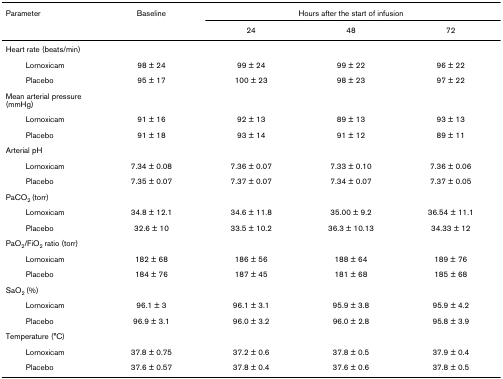
<table><thead><tr><td><b>Parameter</b></td><td><b>Baseline</b></td><td colspan="3"><b>Hours after the start of infusion</b></td></tr><tr><td></td><td></td><td><b>24</b></td><td><b>48</b></td><td><b>72</b></td></tr></thead><tbody><tr><td>Heart rate (beats/min)</td><td></td><td></td><td></td><td></td></tr><tr><td>Lornoxicam</td><td>98 ± 24</td><td>99 ± 24</td><td>99 ± 22</td><td>96 ± 22</td></tr><tr><td>Placebo</td><td>95 ± 17</td><td>100 ± 23</td><td>98 ± 23</td><td>97 ± 22</td></tr><tr><td>Mean arterial pressure (mmHg)</td><td></td><td></td><td></td><td></td></tr><tr><td>Lornoxicam</td><td>91 ± 16</td><td>92 ± 13</td><td>89 ± 13</td><td>93 ± 13</td></tr><tr><td>Placebo</td><td>91 ± 18</td><td>93 ± 14</td><td>91 ± 12</td><td>89 ± 11</td></tr><tr><td>Arterial pH</td><td></td><td></td><td></td><td></td></tr><tr><td>Lornoxicam</td><td>7.34 ± 0.08</td><td>7.36 ± 0.07</td><td>7.33 ± 0.10</td><td>7.36 ± 0.06</td></tr><tr><td>Placebo</td><td>7.35 ± 0.07</td><td>7.37 ± 0.07</td><td>7.34 ± 0.07</td><td>7.37 ± 0.05</td></tr><tr><td>PaCO<sub>2 </sub>(torr)</td><td></td><td></td><td></td><td></td></tr><tr><td>Lornoxicam</td><td>34.8 ± 12.1</td><td>34.6 ± 11.8</td><td>35.00 ± 9.2</td><td>36.54 ± 11.1</td></tr><tr><td>Placebo</td><td>32.6 ± 10</td><td>33.5 ± 10.2</td><td>36.3 ± 10.13</td><td>34.33 ± 12</td></tr><tr><td>PaO<sub>2</sub>/FiO<sub>2 </sub>ratio (torr)</td><td></td><td></td><td></td><td></td></tr><tr><td>Lornoxicam</td><td>182 ± 68</td><td>186 ± 56</td><td>188 ± 64</td><td>189 ± 76</td></tr><tr><td>Placebo</td><td>184 ± 76</td><td>187 ± 45</td><td>181 ± 68</td><td>185 ± 68</td></tr><tr><td>SaO<sub>2 </sub>(%)</td><td></td><td></td><td></td><td></td></tr><tr><td>Lornoxicam</td><td>96.1 ± 3</td><td>96.1 ± 3.1</td><td>95.9 ± 3.8</td><td>95.9 ± 4.2</td></tr><tr><td>Placebo</td><td>96.9 ± 3.1</td><td>96.0 ± 3.2</td><td>96.0 ± 2.8</td><td>95.8 ± 3.9</td></tr><tr><td>Temperature (°C)</td><td></td><td></td><td></td><td></td></tr><tr><td>Lornoxicam</td><td>37.8 ± 0.75</td><td>37.2 ± 0.6</td><td>37.8 ± 0.5</td><td>37.9 ± 0.4</td></tr><tr><td>Placebo</td><td>37.6 ± 0.57</td><td>37.8 ± 0.4</td><td>37.6 ± 0.6</td><td>37.8 ± 0.5</td></tr></tbody></table>